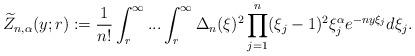
LaTeX: \begin{align*}\widetilde{Z}_{n,\alpha}(y;r) := \frac{1}{n!} \int_{r}^{\infty}...\int_{r}^{\infty} \Delta_{n}(\xi)^2 \prod_{j=1}^n (\xi_j - 1)^2 \xi_j^\alpha e^{- n y \xi_j}d\xi_j.\end{align*}